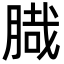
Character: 𦞁